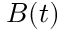
B ( t )